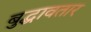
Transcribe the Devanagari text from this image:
बुद्धावतार